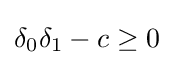
\delta _{0}\delta _{1}-c\geq 0